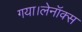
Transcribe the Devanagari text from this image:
गया।लेनॉक्स